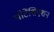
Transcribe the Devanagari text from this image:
पोटेंशिएशन